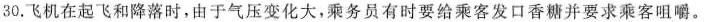
30.飞机在起飞和降落时，由于气压变化大，乘务员有时要给乘客发口香糖并要求乘客咀嚼。